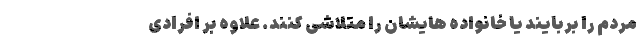
مردم را بربایند یا خانواده هایشان را متلاشی کنند. علاوه بر افرادی